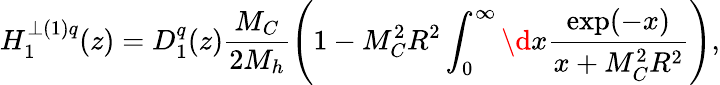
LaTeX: H_{1}^{\perp(1)q}(z)=D_{1}^{q}(z)\frac{M_{C}}{2M_{h}}\left(1-M_{C}^{2}R^{2}\int_{0}^{\infty}\d x\frac{\exp(-x)}{x+M_{C}^{2}R^{2}}\right),